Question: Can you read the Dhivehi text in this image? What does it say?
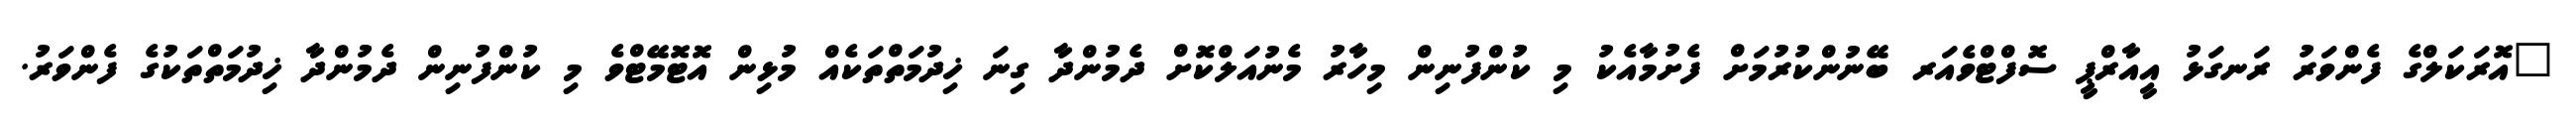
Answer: "އޮރަކަލްގެ ފެންވަރު ރަނގަޅު އީއާރްޕީ ސޮފްޓްވެއަރ ބޭނުންކުރުމަށް ފެށުމާއެކު މި ކުންފުނިން މިހާރު މެނުއަލްކޮށް ދެމުންދާ ގިނަ ޚިދުމަތްތަކެއް މުޅިން އޮޓޮމޭޓްވެ މި ކުންފުނިން ދެމުންދާ ޚިދުމަތްތަކުގެ ފެންވަރު.